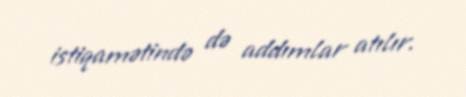
istiqamətində də addımlar atılır.